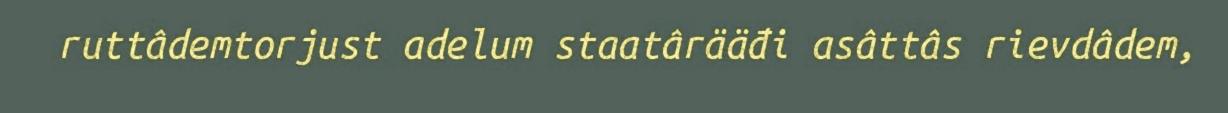
ruttâdemtorjust adelum staatârääđi asâttâs rievdâdem,